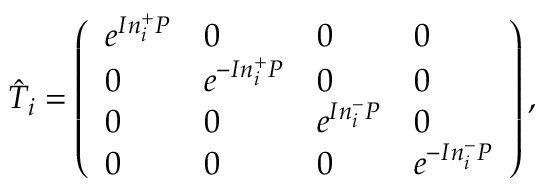
\begin{array} { r } { \hat { T } _ { i } = \left( \begin{array} { l l l l } { e ^ { I n _ { i } ^ { + } P } } & { 0 } & { 0 } & { 0 } \\ { 0 } & { e ^ { - I n _ { i } ^ { + } P } } & { 0 } & { 0 } \\ { 0 } & { 0 } & { e ^ { I n _ { i } ^ { - } P } } & { 0 } \\ { 0 } & { 0 } & { 0 } & { e ^ { - I n _ { i } ^ { - } P } } \end{array} \right) , } \end{array}